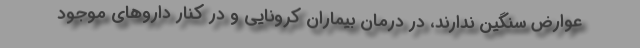
عوارض سنگین ندارند، در درمان بیماران کرونایی و در کنار داروهای موجود